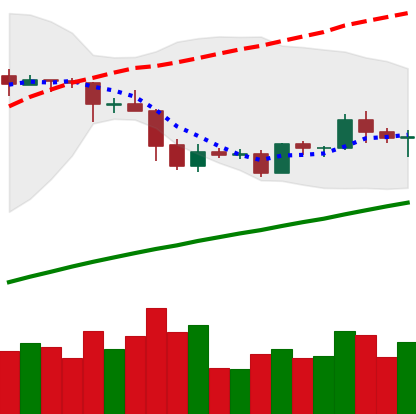
Ticker: EOS-USD
Chart end date: 2019-05-06
Forward return: 12.976%
Label: up_7plus